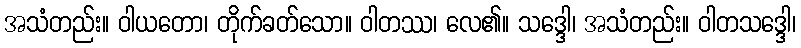
အသံတည်း။ ဝါယတော၊ တိုက်ခတ်သော။ ဝါတဿ၊ လေ၏။ သဒ္ဒေါ၊ အသံတည်း။ ဝါတသဒ္ဒေါ၊